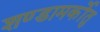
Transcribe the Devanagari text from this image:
शण्डामर्कोतु